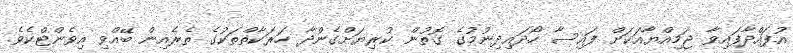
އުފައްދާފައިވާ ޖަމިއްޔާއަކަށް ފައިސާ ހޯދައިދިނުމުގެ ގޮތުން ކުރިޔަށްގެންދާ ހަރަކާތްތަކުގެ ތެރެއިން ބޭއްވި އިވެންޓްކެވެ.